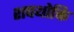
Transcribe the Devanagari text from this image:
शपथोक्ति